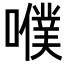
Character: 𡂈